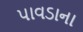
પાવડાના